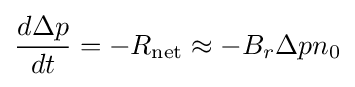
{\frac {d\Delta p}{dt}}=-R_{\text{net}}\approx -B_{r}\Delta pn_{0}